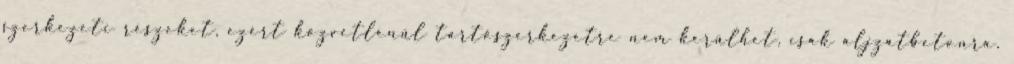
szerkezeti részeket, ezért közvetlenül tartószerkezetre nem kerülhet, csak aljzatbetonra.